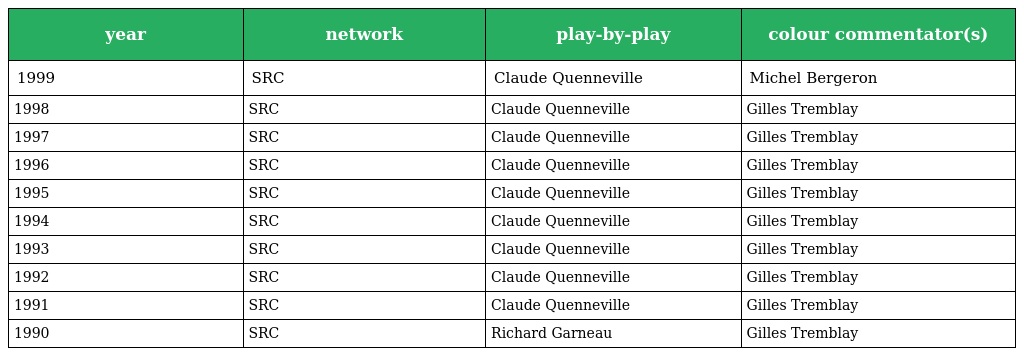
| year | network | play-by-play | colour commentator(s) |
 | --- | --- | --- | --- |
 | 1999 | SRC | Claude Quenneville | Michel Bergeron |
 | 1998 | SRC | Claude Quenneville | Gilles Tremblay |
 | 1997 | SRC | Claude Quenneville | Gilles Tremblay |
 | 1996 | SRC | Claude Quenneville | Gilles Tremblay |
 | 1995 | SRC | Claude Quenneville | Gilles Tremblay |
 | 1994 | SRC | Claude Quenneville | Gilles Tremblay |
 | 1993 | SRC | Claude Quenneville | Gilles Tremblay |
 | 1992 | SRC | Claude Quenneville | Gilles Tremblay |
 | 1991 | SRC | Claude Quenneville | Gilles Tremblay |
 | 1990 | SRC | Richard Garneau | Gilles Tremblay |